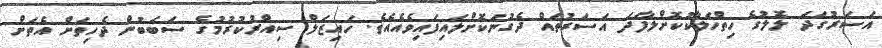
އަސަރުގަދަ ލޮލުގެ ހިތްހަލާކުކޮށްލާފަދަ އަސަރުތައް ދެގުނަކޮށްލައިފައިވެއެއެވެ. ހައިޒަލް ސިއްރުކުރުމުގެ ސަބަބުން ދެހިތަށް އެތަށް